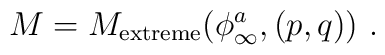
M= M_{\rm {extreme}} (\phi^a_{\infty}, (p,q)) \ .